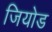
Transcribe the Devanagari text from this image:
जियोड